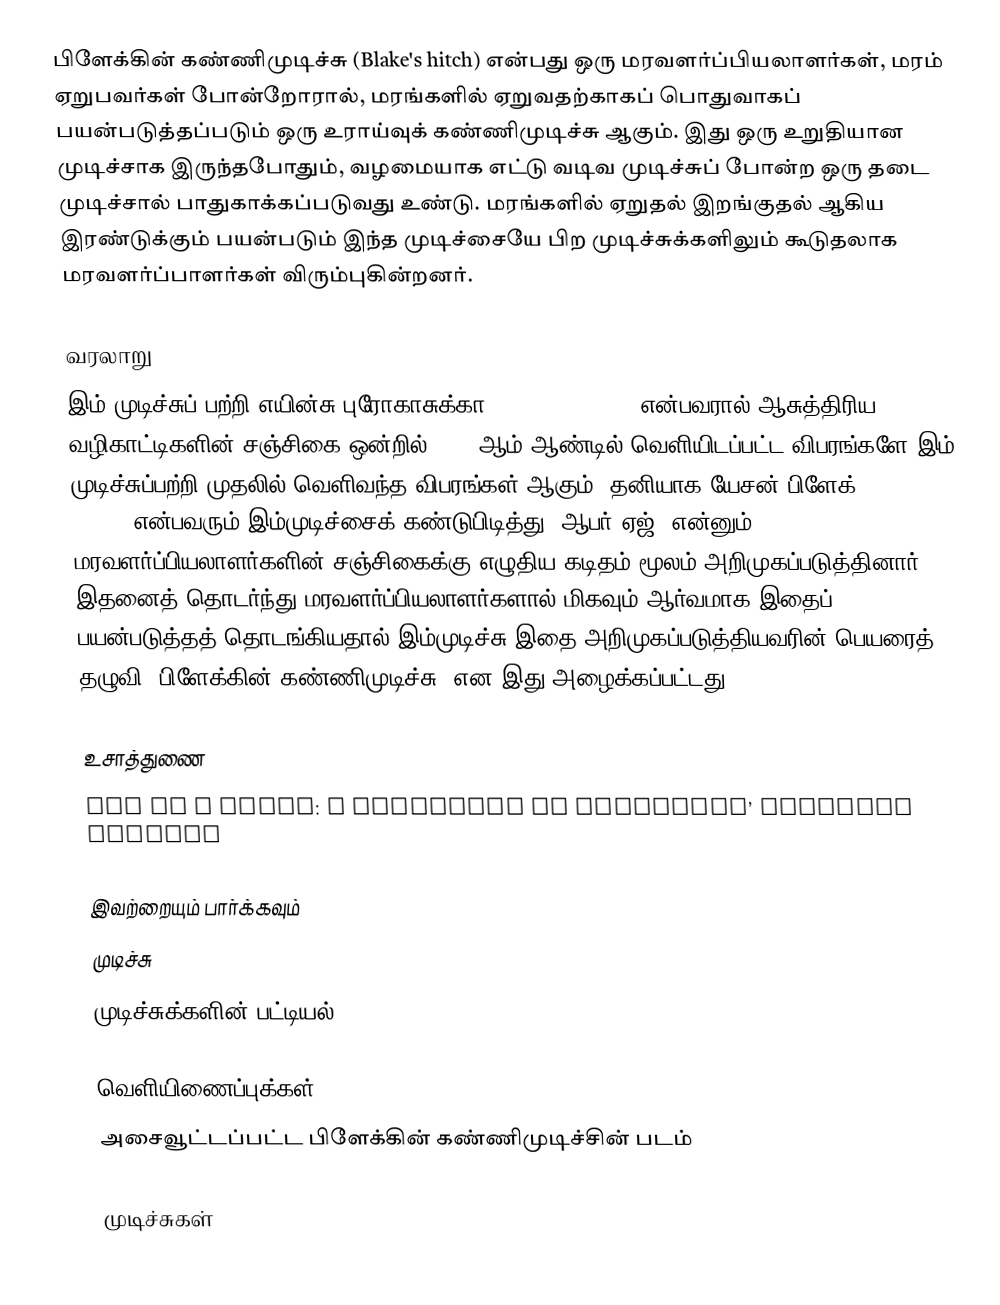
பிளேக்கின் கண்ணிமுடிச்சு (Blake's hitch) என்பது ஒரு மரவளர்ப்பியலாளர்கள், மரம் ஏறுபவர்கள் போன்றோரால், மரங்களில் ஏறுவதற்காகப் பொதுவாகப் பயன்படுத்தப்படும் ஒரு உராய்வுக் கண்ணிமுடிச்சு ஆகும். இது ஒரு உறுதியான முடிச்சாக இருந்தபோதும், வழமையாக எட்டு வடிவ முடிச்சுப் போன்ற ஒரு தடை முடிச்சால் பாதுகாக்கப்படுவது உண்டு. மரங்களில் ஏறுதல் இறங்குதல் ஆகிய இரண்டுக்கும் பயன்படும் இந்த முடிச்சையே பிற முடிச்சுக்களிலும் கூடுதலாக மரவளர்ப்பாளர்கள் விரும்புகின்றனர்.

வரலாறு
இம் முடிச்சுப் பற்றி எயின்சு புரோகாசுக்கா (Heinz Prohaska) என்பவரால் ஆசுத்திரிய வழிகாட்டிகளின் சஞ்சிகை ஒன்றில் 1981 ஆம் ஆண்டில் வெளியிடப்பட்ட விபரங்களே இம் முடிச்சுப்பற்றி முதலில் வெளிவந்த விபரங்கள் ஆகும். தனியாக யேசன் பிளேக் (Jason Blake) என்பவரும் இம்முடிச்சைக் கண்டுபிடித்து "ஆபர் ஏஜ்" என்னும் மரவளர்ப்பியலாளர்களின் சஞ்சிகைக்கு எழுதிய கடிதம் மூலம் அறிமுகப்படுத்தினார். இதனைத் தொடர்ந்து மரவளர்ப்பியலாளர்களால் மிகவும் ஆர்வமாக இதைப் பயன்படுத்தத் தொடங்கியதால் இம்முடிச்சு இதை அறிமுகப்படுத்தியவரின் பெயரைத் தழுவி "பிளேக்கின் கண்ணிமுடிச்சு" என இது அழைக்கப்பட்டது.

உசாத்துணை
Son of a Hitch: A Genealogy of Arborists’ Climbing Hitches

இவற்றையும் பார்க்கவும்
 முடிச்சு
 முடிச்சுக்களின் பட்டியல்

வெளியிணைப்புக்கள்
அசைவூட்டப்பட்ட பிளேக்கின் கண்ணிமுடிச்சின் படம்

முடிச்சுகள்